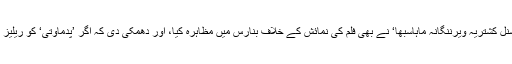
تاہم گزشتہ دن خواتین کی انتہاپسند تنظیم ’انٹرنیشنل کشتریہ ویرننگانہ ماہاسبھا‘ نے بھی فلم کی نمائش کے خلاف بنارس میں مظاہرہ کیا، اور دھمکی دی کہ اگر ’پدماوتی‘ کو ریلیز کیا گیا تو سینما گھروں کو آگ لگائی جائے گی۔